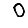
Digit: 0